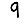
Digit: 9